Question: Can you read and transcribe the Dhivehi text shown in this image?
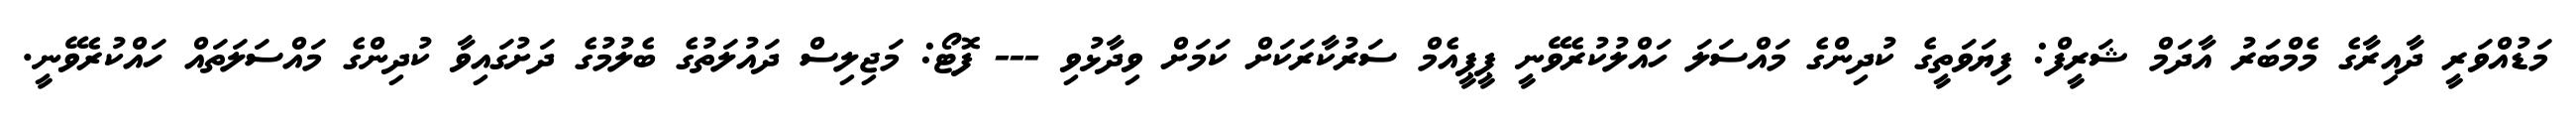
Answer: މަޑުއްވަރީ ދާއިރާގެ މެމްބަރު އާދަމް ޝަރީފް: ފިޔަވަތީގެ ކުދިންގެ މައްސަލަ ހައްލުކުރެވޭނީ ޕީޕީއެމް ސަރުކާރަކަށް ކަމަށް ވިދާޅުވި --- ފޮޓޯ: މަޖިލިސް ދައުލަތުގެ ބެލުމުގެ ދަށުގައިވާ ކުދިންގެ މައްސަލަތައް ހައްކުރެވޭނީ.